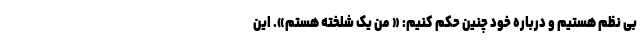
بی نظم هستیم و درباره خود چنین حکم کنیم: « من یک شلخته هستم». این